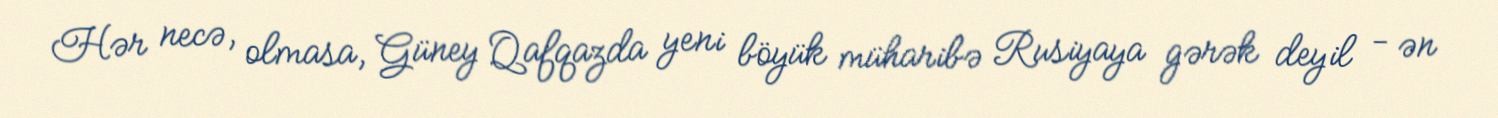
Hər necə, olmasa, Güney Qafqazda yeni böyük müharibə Rusiyaya gərək deyil - ən